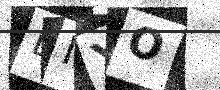
Text: BNYO